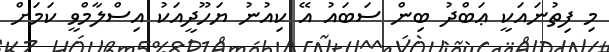
މި ފިތުނައަކީ ޢަބްދު ބިން ސަބައު އޭ ކިއުނު ޔަހޫދީއަކު އިސްލާމްވީ ކަމަށް